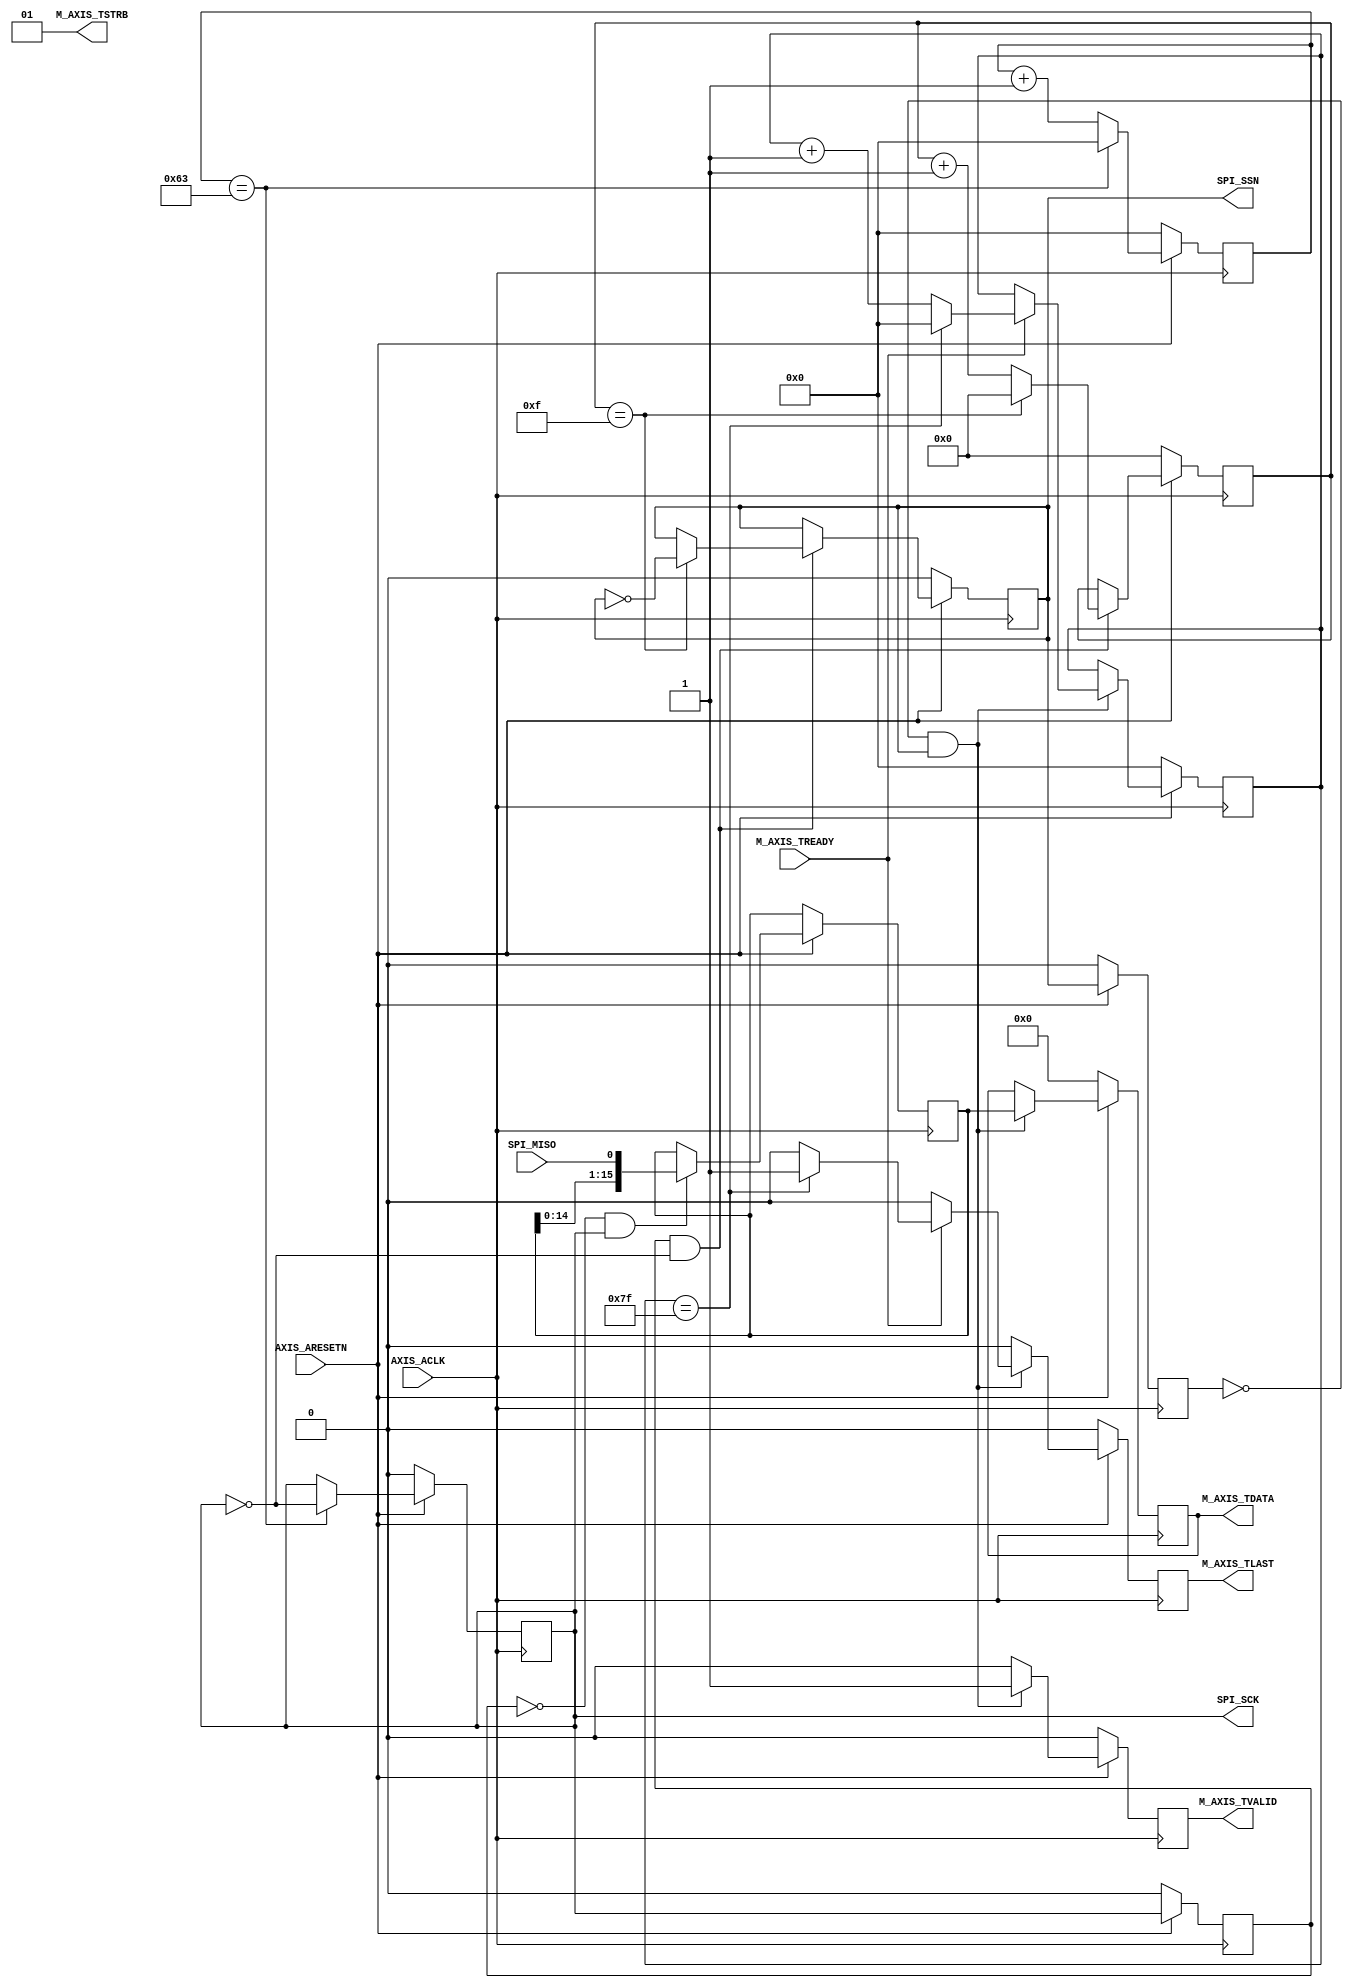
`timescale 1ps/1ps

module adcs747x_to_axism
    #(
    parameter DATA_WIDTH = 16,
    parameter PACKET_SIZE = 128,
    parameter SPI_SCK_DIV = 200
)
    
    (
    output wire SPI_SSN,
    output wire SPI_SCK,
    input wire SPI_MISO,
    input wire AXIS_ACLK,
    input wire AXIS_ARESETN,
    output wire M_AXIS_TVALID,
    output wire [15:0] M_AXIS_TDATA,
    output wire [1:0] M_AXIS_TSTRB,
    output wire M_AXIS_TLAST,
    input wire M_AXIS_TREADY
);
    localparam SPI_SCK_PERIOD_DIV = SPI_SCK_DIV / 2;

    reg [$clog2(SPI_SCK_PERIOD_DIV) - 1:0] spi_sck_counter;
    reg spi_sck;
    reg spi_sck_last;

    reg [$clog2(DATA_WIDTH) - 1:0] spi_ssn_counter;
    reg spi_ssn;
    reg spi_ssn_last;

    reg [DATA_WIDTH - 1:0] spi_sample;

    reg [DATA_WIDTH - 1:0] m_axis_tdata;

    reg m_axis_tvalid;
    reg m_axis_tlast;

    reg [$clog2(PACKET_SIZE) - 1:0] packet_counter;

    always@(posedge AXIS_ACLK) begin
        if(!AXIS_ARESETN) begin
            spi_ssn_counter <= 0;
            spi_ssn <= 0;
            spi_ssn_last <= 0;

            spi_sck_counter <= 0;
            spi_sck <= 0;
            spi_sck_last <= 0;

            m_axis_tvalid <= 1'b0;
            m_axis_tlast <= 1'b0;
            m_axis_tdata <= {DATA_WIDTH{1'b0}};

            packet_counter <= 0;
        end else begin
            if (spi_sck_counter == SPI_SCK_PERIOD_DIV - 1) begin
                spi_sck <= !spi_sck;
                spi_sck_counter <= 0;
            end else begin
                spi_sck_counter <= spi_sck_counter + 1;
            end

            if (!spi_sck_last && spi_sck) begin
                spi_sample <= {spi_sample[DATA_WIDTH - 2:0], SPI_MISO};
            end

            if (spi_sck_last && !spi_sck) begin
                if (spi_ssn_counter == DATA_WIDTH - 1) begin
                    spi_ssn <= !spi_ssn;
                    spi_ssn_counter <= 0;
                end else begin
                    spi_ssn_counter <= spi_ssn_counter + 1;
                end
            end

            if (!spi_ssn_last && spi_ssn) begin
                m_axis_tvalid <= 1'b1;
                m_axis_tlast <= 1'b0;

                if (M_AXIS_TREADY) begin
                    if (packet_counter == PACKET_SIZE - 1) begin
                        m_axis_tlast <= 1'b1;
                        packet_counter <= 0;
                    end else begin
                        packet_counter <= packet_counter + 1;
                    end
                end

                m_axis_tdata <= spi_sample;
            end else begin
                m_axis_tvalid <= 1'b0;
                m_axis_tlast <= 1'b0;
            end

            spi_ssn_last <= spi_ssn;
            spi_sck_last <= spi_sck;
        end
    end

    assign SPI_SCK = spi_sck;
    assign SPI_SSN = spi_ssn;

    assign M_AXIS_TSTRB = 2'b1;
    assign M_AXIS_TVALID = m_axis_tvalid;
    assign M_AXIS_TLAST = m_axis_tlast;
    assign M_AXIS_TDATA = m_axis_tdata;

endmodule